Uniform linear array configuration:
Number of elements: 12
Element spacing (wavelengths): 1
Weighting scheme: kaiser
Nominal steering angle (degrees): -60
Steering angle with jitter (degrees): -59.733
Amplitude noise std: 0.05
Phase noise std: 0.05

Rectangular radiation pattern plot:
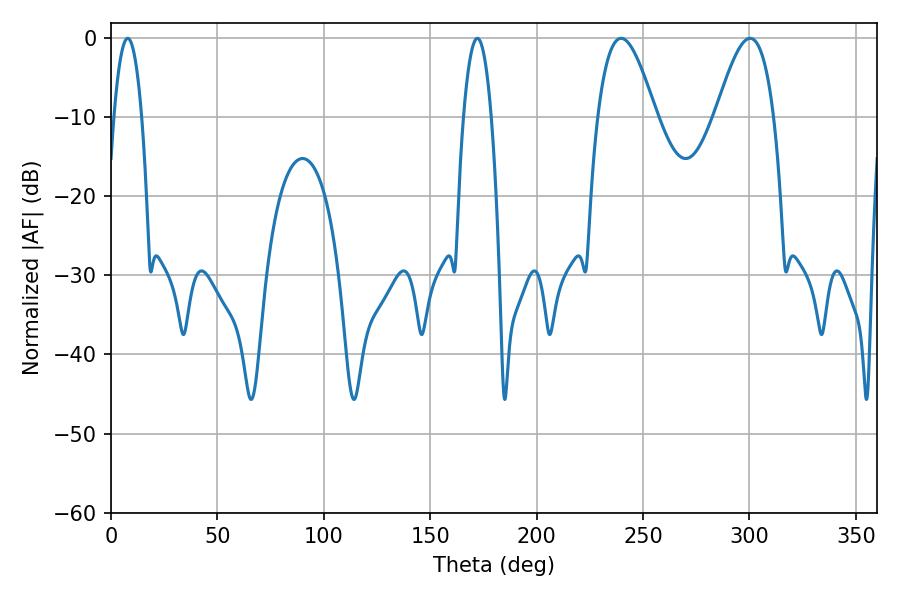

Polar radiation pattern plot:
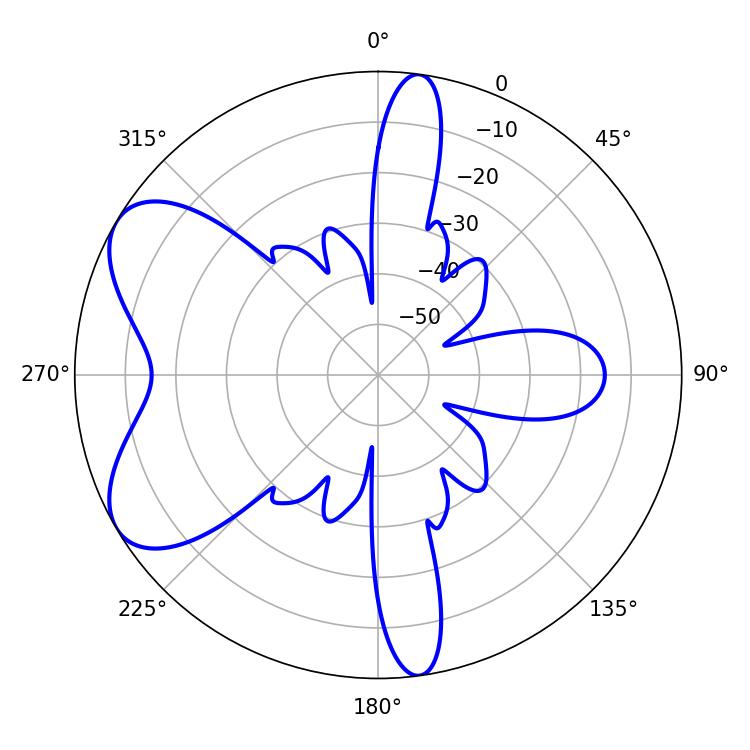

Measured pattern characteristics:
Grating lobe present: TRUE
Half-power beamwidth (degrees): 14.76
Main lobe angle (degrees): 239.76